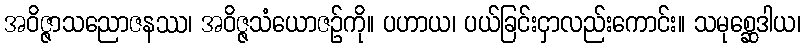
အဝိဇ္ဇာသညောဇနဿ၊ အဝိဇ္ဇသံယောဇဉ်ကို။ ပဟာယ၊ ပယ်ခြင်းငှာလည်းကောင်း။ သမုစ္ဆေဒါယ၊